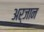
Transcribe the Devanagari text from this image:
अर्जान